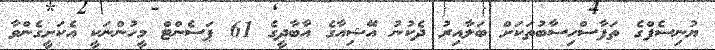
ޔުނިސެފްގެ ތަފާސްހިސާބުތަކަށް ބަލާއިރު ދެކުނު އޭޝިއާގެ އާބާދީގެ 61 ޕަސެންޓް މީހުންނަކީ އެކަށީގެންވާ